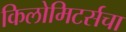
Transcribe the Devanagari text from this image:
किलोमिटर्सचा